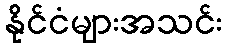
နိုင်ငံများအသင်း